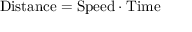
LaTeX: \mathrm { D i s t a n c e } = \mathrm { S p e e d } \cdot \mathrm { T i m e }